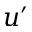
u ^ { \prime }